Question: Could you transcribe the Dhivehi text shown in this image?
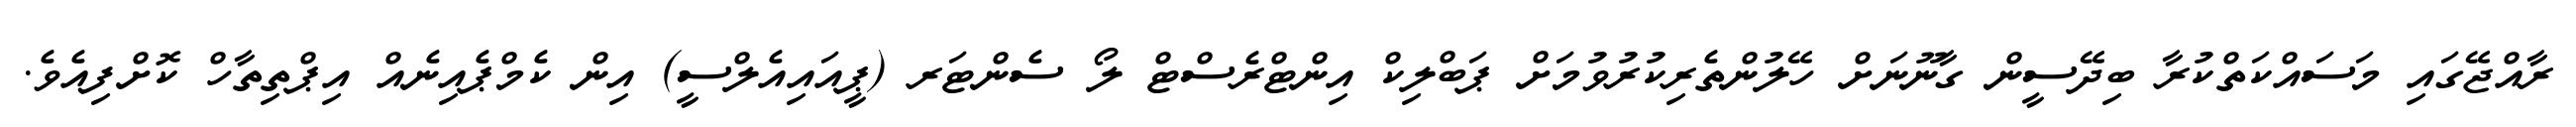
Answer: ރާއްޖޭގައި މަސައްކަތްކުރާ ބިދޭސީން ގާނޫނަށް ހޭލުންތެރިކުރުވުމަށް ޕަބްލިކް އިންޓްރެސްޓް ލޯ ސެންޓަރ (ޕީއައިއެލްސީ) އިން ކެމްޕެއިނެއް އިޕްތިތާހް ކޮށްފިއެވެ.